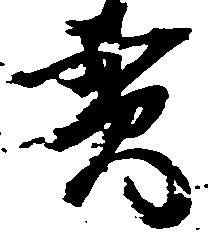
貫